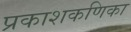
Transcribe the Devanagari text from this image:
प्रकाशकणिका